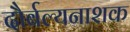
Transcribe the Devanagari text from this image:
दौर्बल्यनाशक